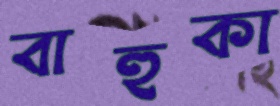
বাহুকা